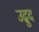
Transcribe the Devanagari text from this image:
उद्बुद